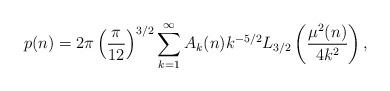
LaTeX: \begin{align*} p(n)=2\pi \left(\frac{\pi}{12}\right)^{3/2}\sum_{k=1}^{\infty}A_{k}(n)k^{-5/2} L_{3/2}\left(\frac{\mu^2(n)}{4k^2}\right),\end{align*}